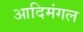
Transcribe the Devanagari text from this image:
आदिमंगल